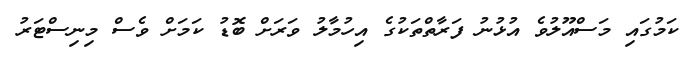
ކަމުގައި މަސްއޫލުވެ އުޅުނު ފަރާތްތަކުގެ އިހުމާލު ވަރަށް ބޮޑު ކަމަށް ވެސް މިނިސްޓަރު